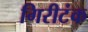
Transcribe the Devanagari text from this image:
गिरीटंक